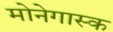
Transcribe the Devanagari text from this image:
मोनेगास्क